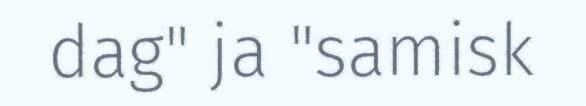
dag" ja "samisk